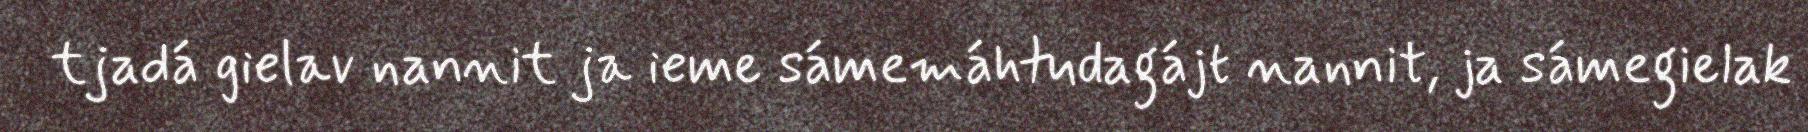
tjadá gielav nannit ja ieme sámemáhtudagájt nannit, ja sámegielak